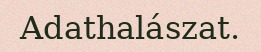
Adathalászat.